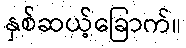
နှစ်ဆယ့်ခြောက်။